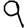
Digit: 9